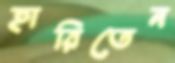
হারিতেন